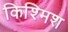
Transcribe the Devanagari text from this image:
किश्मिश